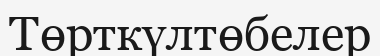
Төрткүлтөбелер